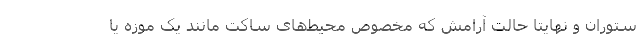
ستوران و نهایتا حالت آرامش که مخصوص محیط‌های ساکت مانند یک موزه یا